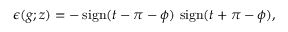
\epsilon ( g ; z ) = - \, \mathrm { s i g n } ( t - \pi - \phi ) \, \, \mathrm { s i g n } ( t + \pi - \phi ) ,